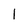
Character: l